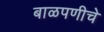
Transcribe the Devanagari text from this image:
बाळपणीचे